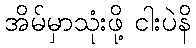
အိမ်မှာသုံးဖို့ ငါးပဲနိ